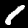
Label: 1